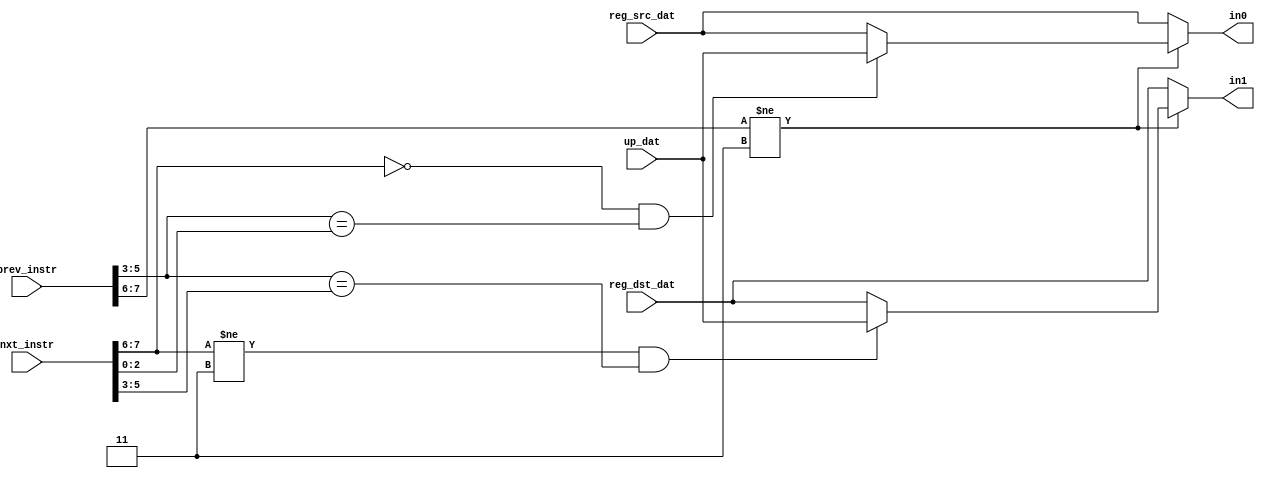
`timescale 1ns / 1ps

module forward(
    input [7:0] nxt_instr,
    input [7:0] prev_instr,
    input [7:0] reg_src_dat,
    input [7:0] reg_dst_dat,
    input [7:0] up_dat,
    output reg [7:0] in0,
    output reg [7:0] in1
);

    always @(*) begin
        in0 = reg_src_dat;
        in1 = reg_dst_dat;
        if (prev_instr[7:6] != 2'b11) begin
            if (nxt_instr[7:6] == 2'b00 & prev_instr[5:3] == nxt_instr[2:0])
                in0 = up_dat;
            if (nxt_instr[7:6] != 2'b11 & prev_instr[5:3] == nxt_instr[5:3])
                in1 = up_dat;
        end
    end

endmodule